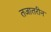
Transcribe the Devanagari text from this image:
तजातरीन